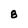
Character: 8